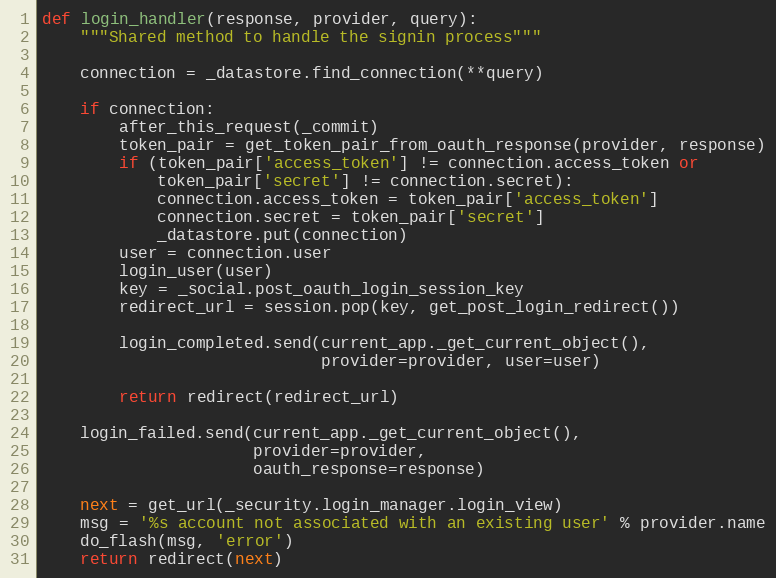
Language: Python
def login_handler(response, provider, query):
    """Shared method to handle the signin process"""

    connection = _datastore.find_connection(**query)

    if connection:
        after_this_request(_commit)
        token_pair = get_token_pair_from_oauth_response(provider, response)
        if (token_pair['access_token'] != connection.access_token or
            token_pair['secret'] != connection.secret):
            connection.access_token = token_pair['access_token']
            connection.secret = token_pair['secret']
            _datastore.put(connection)
        user = connection.user
        login_user(user)
        key = _social.post_oauth_login_session_key
        redirect_url = session.pop(key, get_post_login_redirect())

        login_completed.send(current_app._get_current_object(),
                             provider=provider, user=user)

        return redirect(redirect_url)

    login_failed.send(current_app._get_current_object(),
                      provider=provider,
                      oauth_response=response)

    next = get_url(_security.login_manager.login_view)
    msg = '%s account not associated with an existing user' % provider.name
    do_flash(msg, 'error')
    return redirect(next)